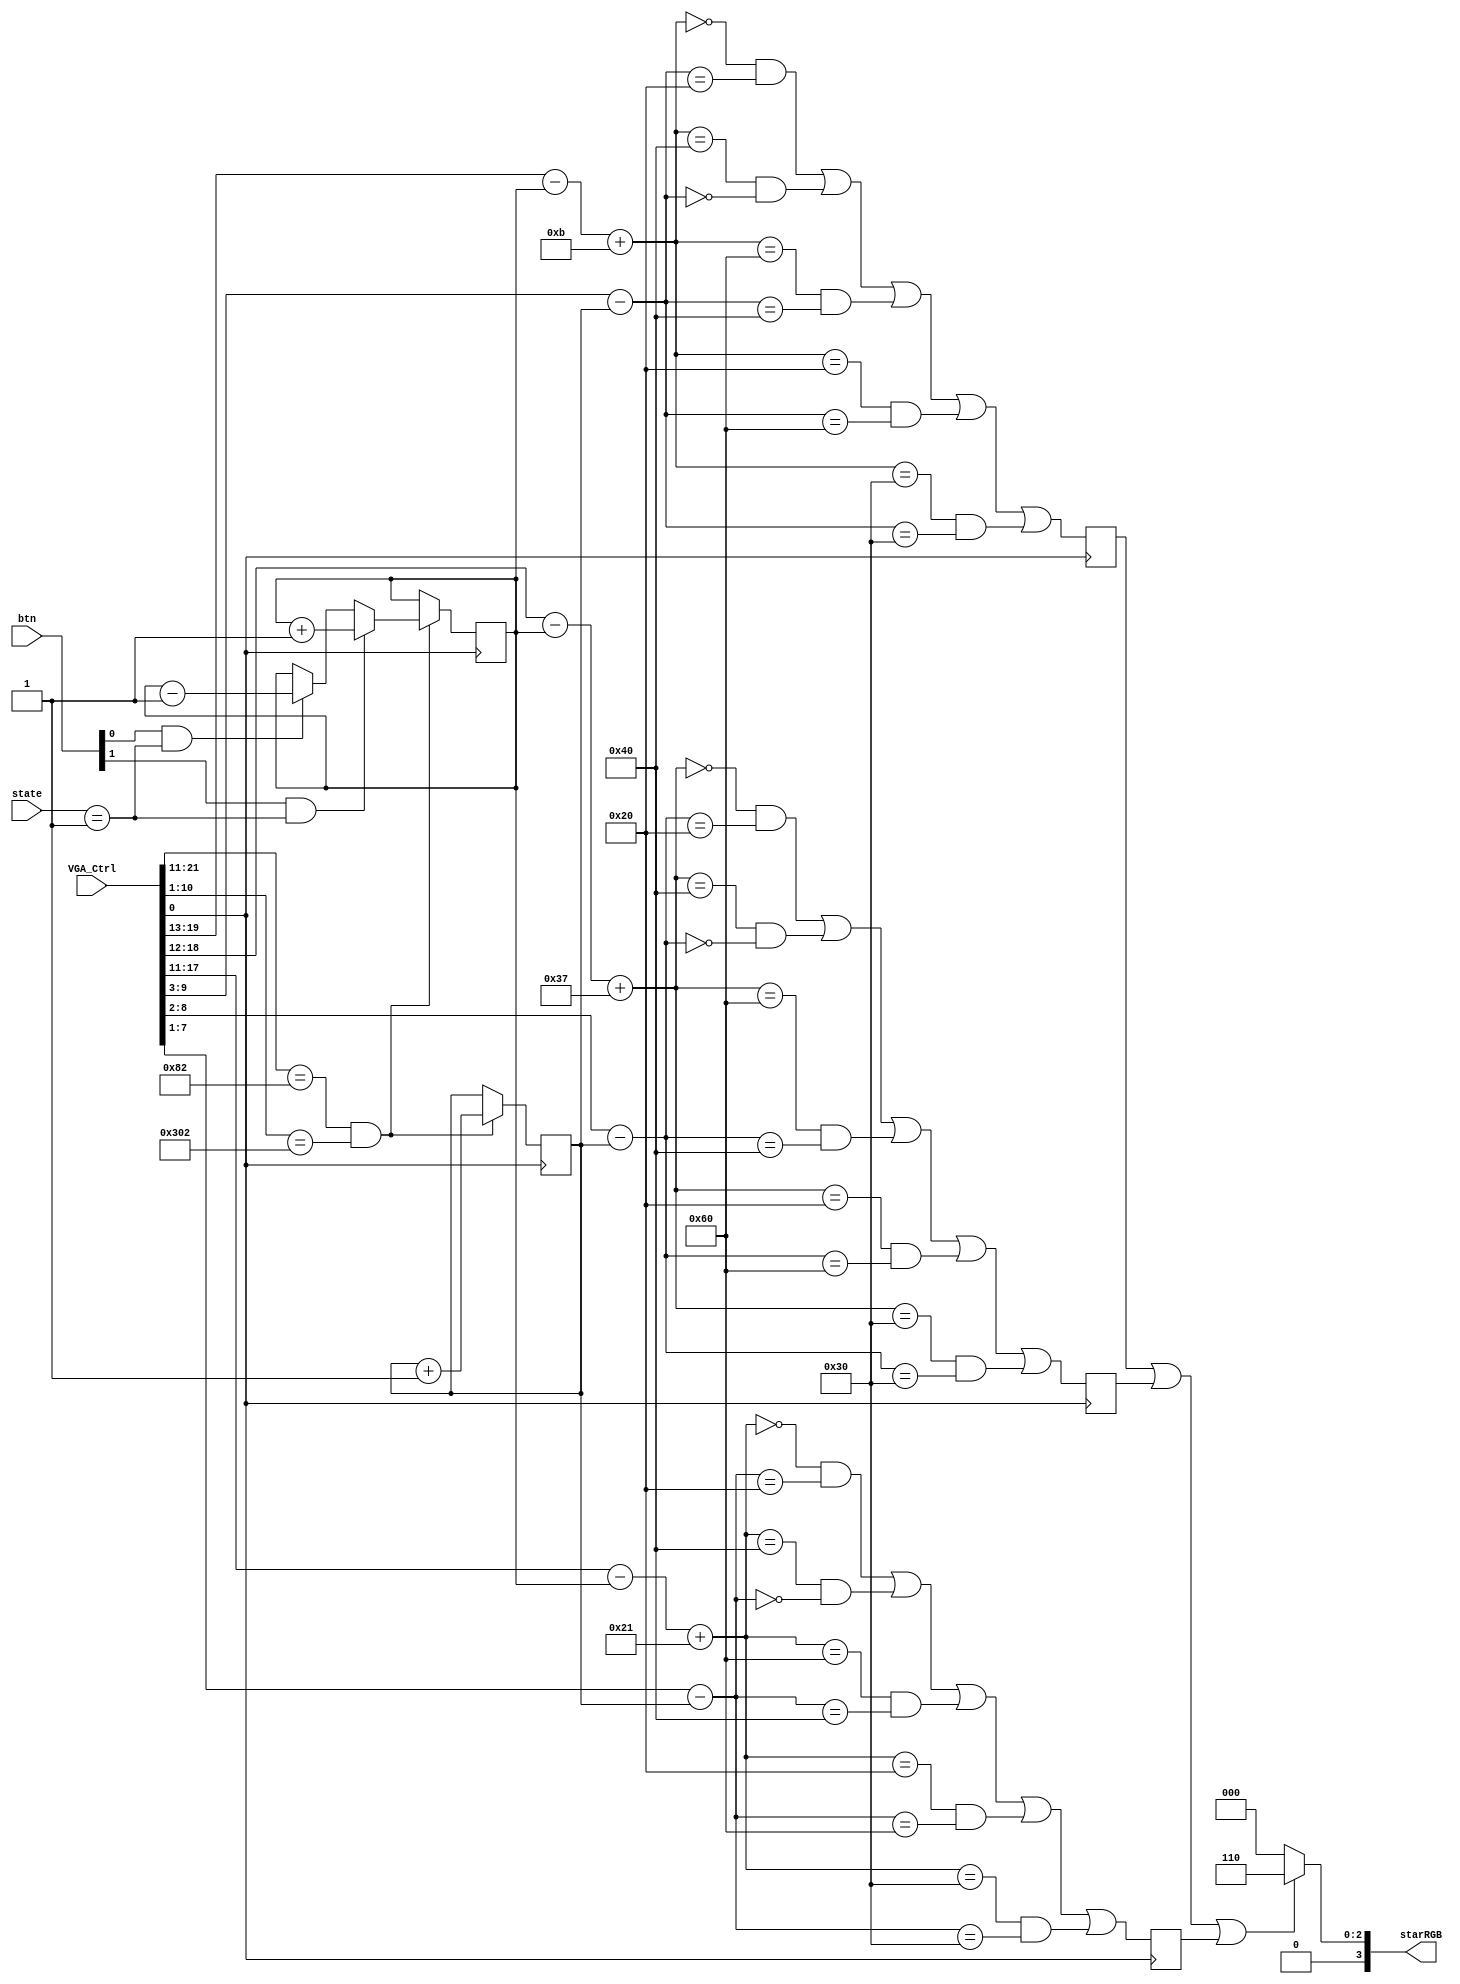
`timescale 1ns / 1ps
//////////////////////////////////////////////////////////////////////////////////
// Company: 
// 
// Design Name: 
// Module Name: background
// Project Name: Galaga
// Target Devices: 
// Tool Versions: 
// Description: 
// 
// Dependencies: 
// 
// Revision:
// Revision 0.01 - File Created
// Additional Comments:
// 
//////////////////////////////////////////////////////////////////////////////////


module background(
input [24:0] VGA_Ctrl,
input [3:0] btn,
input [1:0] state,
output [3:0] starRGB
);

    reg [6:0] Xmove;
    reg [6:0] Ymove;
    reg ostar;
    reg ystar;
    reg bstar;
    
    wire [6:0] BluePixX=VGA_Ctrl[19:13]-Ymove+4'd11;
    wire [6:0] OrangePixX=VGA_Ctrl[18:12]-Ymove+7'd55;
    wire [6:0] YellowPixX=VGA_Ctrl[17:11]-Ymove+7'd33;
    wire [6:0] BluePixY=VGA_Ctrl[9:3]-Xmove; 
    wire [6:0] OrangePixY=VGA_Ctrl[8:2]-Xmove; 
    wire [6:0] YellowPixY=VGA_Ctrl[7:1]-Xmove;  

    always@(posedge VGA_Ctrl[0])
    begin
        if((VGA_Ctrl[21:11]==8'd130) && (VGA_Ctrl[10:1]==10'd770))
        begin
            Xmove<=Xmove+1;
            if(btn[0] && state==1)Ymove<=Ymove-1'd1;
            if(btn[1] && state==1)Ymove<=Ymove+1'd1;
        end
        bstar<=(!BluePixX && BluePixY== 6'd32 )     || (BluePixX== 7'd64 && !BluePixY )     || (BluePixX== 8'd96 && BluePixY== 7'd64 )       || (BluePixX== 6'd32 && BluePixY== 8'd96 )     || (BluePixX== 7'd48 && BluePixY== 7'd48 );
        ostar<=(!OrangePixX && OrangePixY== 6'd32 ) || (OrangePixX== 7'd64 && !OrangePixY ) || (OrangePixX== 8'd96 && OrangePixY== 7'd64 )   || (OrangePixX== 6'd32 && OrangePixY== 8'd96 ) || (OrangePixX== 7'd48 && OrangePixY== 7'd48 );
        ystar<=(!YellowPixX && YellowPixY== 6'd32 ) || (YellowPixX== 7'd64 && !YellowPixY ) || (YellowPixX== 8'd96 && YellowPixY== 7'd64 )   || (YellowPixX== 6'd32 && YellowPixY== 8'd96 ) || (YellowPixX== 7'd48 && YellowPixY== 7'd48 );
    end

    assign starRGB= bstar || ostar || ystar ? 4'h6:4'h0;
    
endmodule